Annual report on the mental hospital in the Central Provinces and Berar (Nagpur) - 1927-1951
Year: 1927
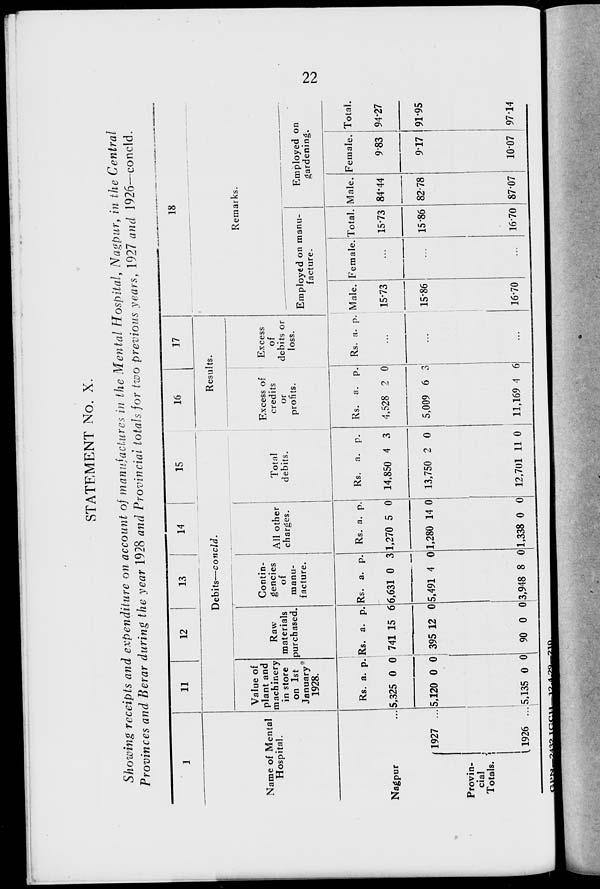
22
STATEMENT No. X.
Showing receipts and expenditure on account of manufactures in the Mental Hospital, Nagpur, in the Central
Provinces and Berar during the year 1928 and Provincial totals for two previous years, 1927 and 1926—concld.
1
Name of Mental
Hospital.
Nagpur ...
Provin-
cial
Totals.
1927 ...
1926 ...
11
12
13
14
15
Debits—concld.
Value of
plant and
machinery
in store
on 1st
January
1928.
Rs.
5,325
5,120
5,135
a.
0
0
0
p.
0
0
0
Raw
materials
purchased.
Rs.
741
395
90
a.
15
12
0
p.
6
0
0
Contin-
gencies
of
manu-
facture.
Rs.
6,631
5,491
3,948
a.
0
4
8
p.
3
0
0
All other
charges.
Rs.
1,270
1,280
1,338
a.
5
14
0
p.
0
0
0
Total
debits.
Rs.
14,850
13,750
12,701
a.
4
2
11
p.
3
0
0
16
17
Results.
Excess of
credits
or
profits.
Rs.
4,528
5,009
11,169
a.
2
6
4
p.
0
3
6
Excess
of
debits or
loss.
Rs. a. p.
...
...
...
18
Remarks.
Employed on manu-
facture.
Male.
15.73
15.86
16.70
Female.
...
...
...
Total.
15.73
15.86
16.70
Employed on
gardening.
Male.
84.44
82.78
87.07
Female.
9.83
9.17
10.07
Total.
94.27
91.95
97.14
GPN-2432-IGCH 12-4-29 210